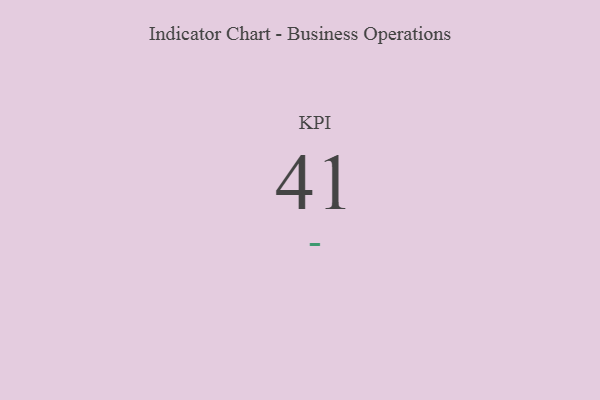
{"axis": {"x": "KPI", "y": "Value"}, "legend": [""], "data": [{"x": "KPI", "y": 41, "type": ""}]}